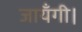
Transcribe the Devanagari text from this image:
जायँगी।